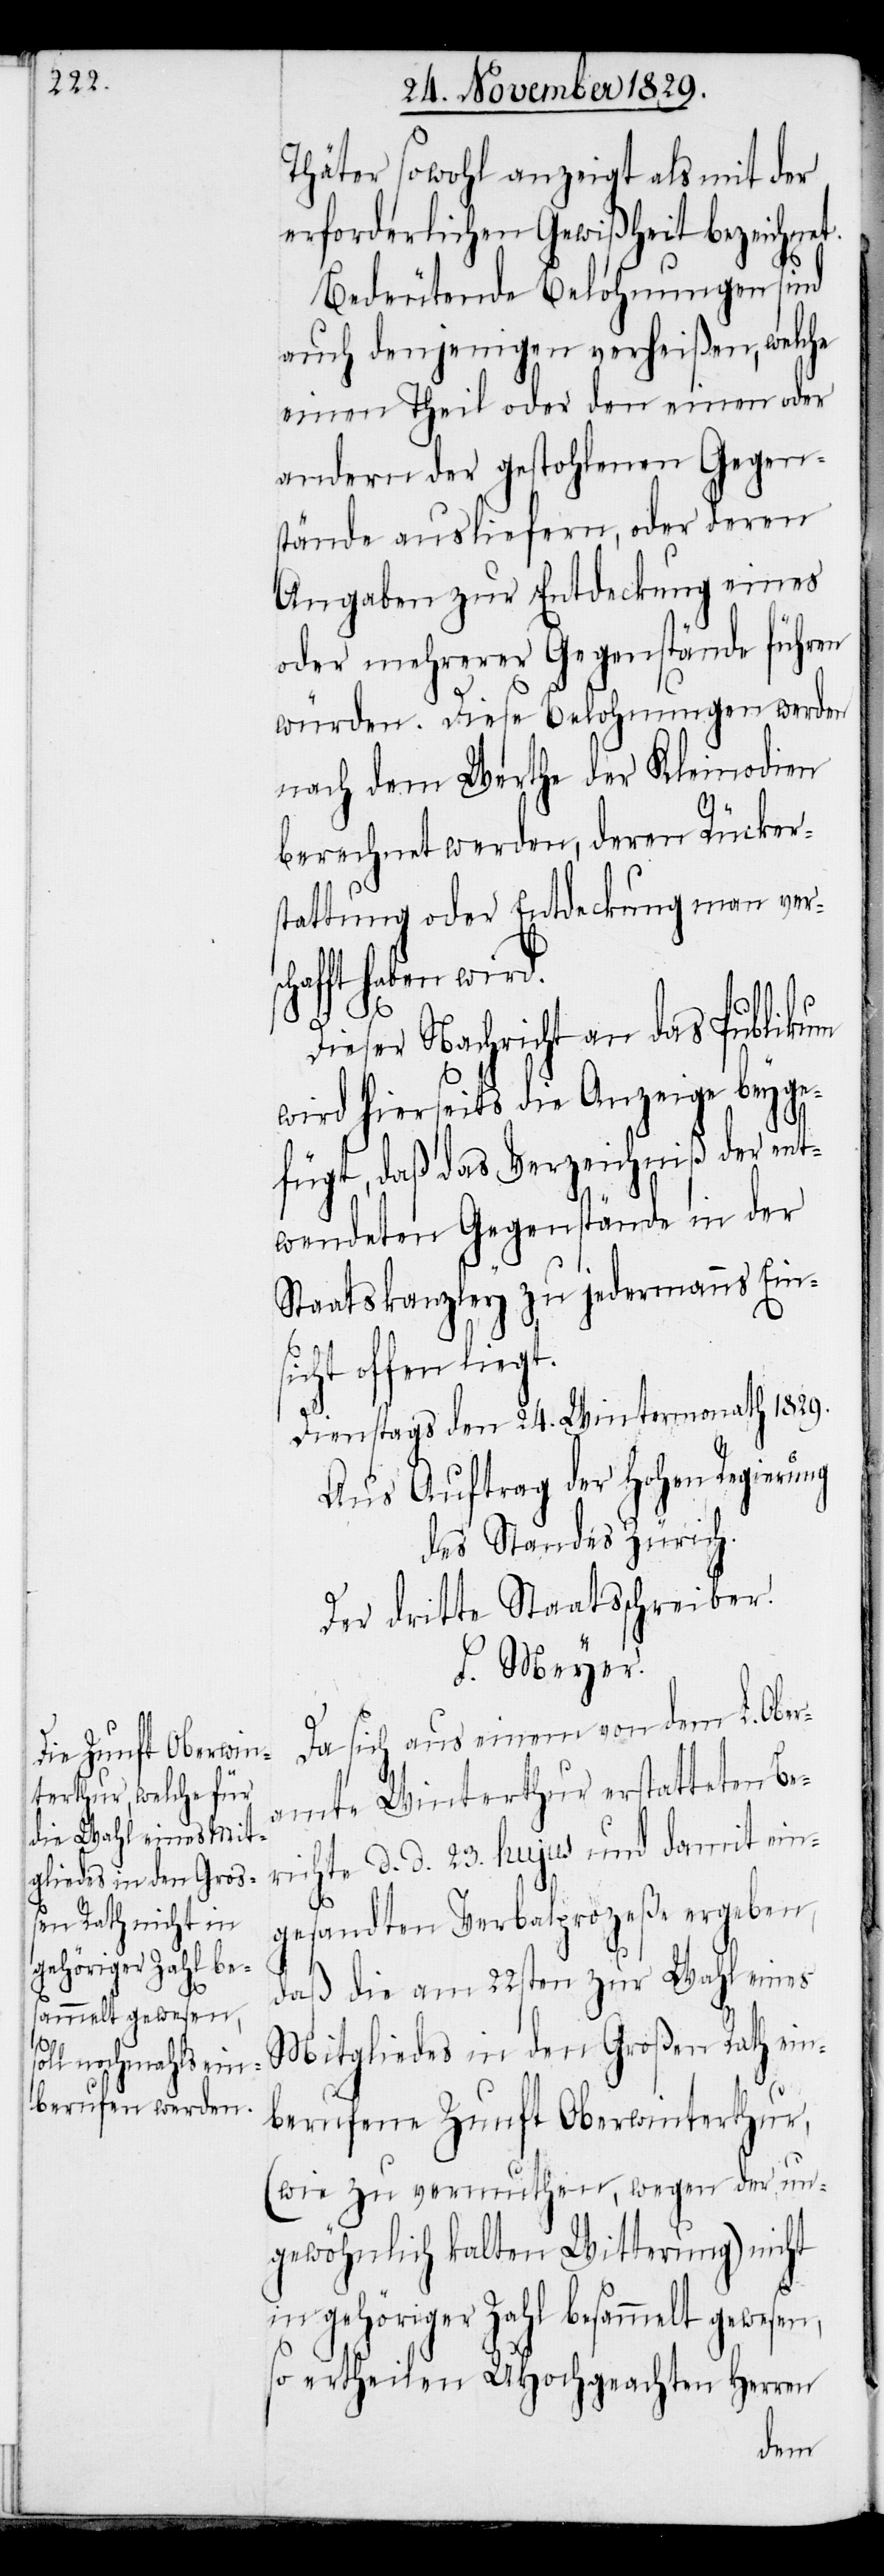
Thäter sowohl anzeigt als mit der
erforderlichen Gewißheit bezeichnet.
Bedeutende Belohnungen sind
auch denjenigen verheißen, welche
einen Theil oder den einen oder
andern der gestohlenen Gegens¬
tände ausliefern, oder deren
Angaben zur Entdeckung eines
oder mehrerer Gegenstände führen
würden. Diese Belohnungen werden
nach dem Werthe der Kleinodien
s¬
berechnet werden, deren Rücker¬
stattung oder Entdeckung man ver¬
afft haben wird.
ch¬
Dieser Nachricht an das Publikum
wird hierseits die Anzeige beyge¬
fügt, daß das Verzeichniß der ent¬
wendeten Gegenstände in der
Staatskanzley zu jedermanns Eins¬
icht offen liegt.
Dienstags den 24. Wintermonath 1829.
Aus Auftrag der Hohen Regierung
des Standes Zürich.
Der dritte Staatsschreiber.
F. Meyer.
Da sich aus einem von dem L. Ober¬
amte Winterthur erstatteten Be¬
richte d. d. 23. hujus und damit ein¬
gesandten Verbalprozeße ergeben,
daß die am 22sten zur Wahl eines
Mitgliedes in den Großen Rath ein¬
berufene Zunft Oberwinterthur,
(wie zu vermuthen, wegen der un¬
gewöhnlich kalten Witterung) nicht
in gehöriger Zahl besammelt gewesen,
so ertheilen UHochgeachten Herren